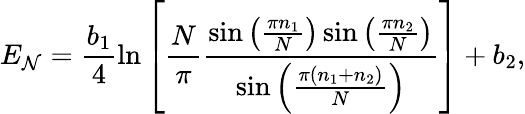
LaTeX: E_{\mathcal{N}}=\frac{b_{1}}{4}\ln\left[\frac{N}{\pi}\frac{\sin\left(\frac{\pi n_{1}}{N}\right)\sin\left(\frac{\pi n_{2}}{N}\right)}{\sin\left(\frac{\pi(n_{1}+n_{2})}{N}\right)}\right]+b_{2},